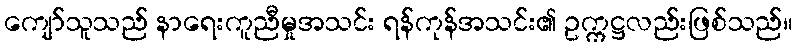
ကျော်သူသည် နာရေးကူညီမှုအသင်း ရန်ကုန်အသင်း၏ ဥက္ကဋ္ဌလည်းဖြစ်သည်။